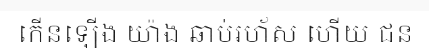
កើនឡើង យ៉ាង ឆាប់រហ័ស ហើយ ជន